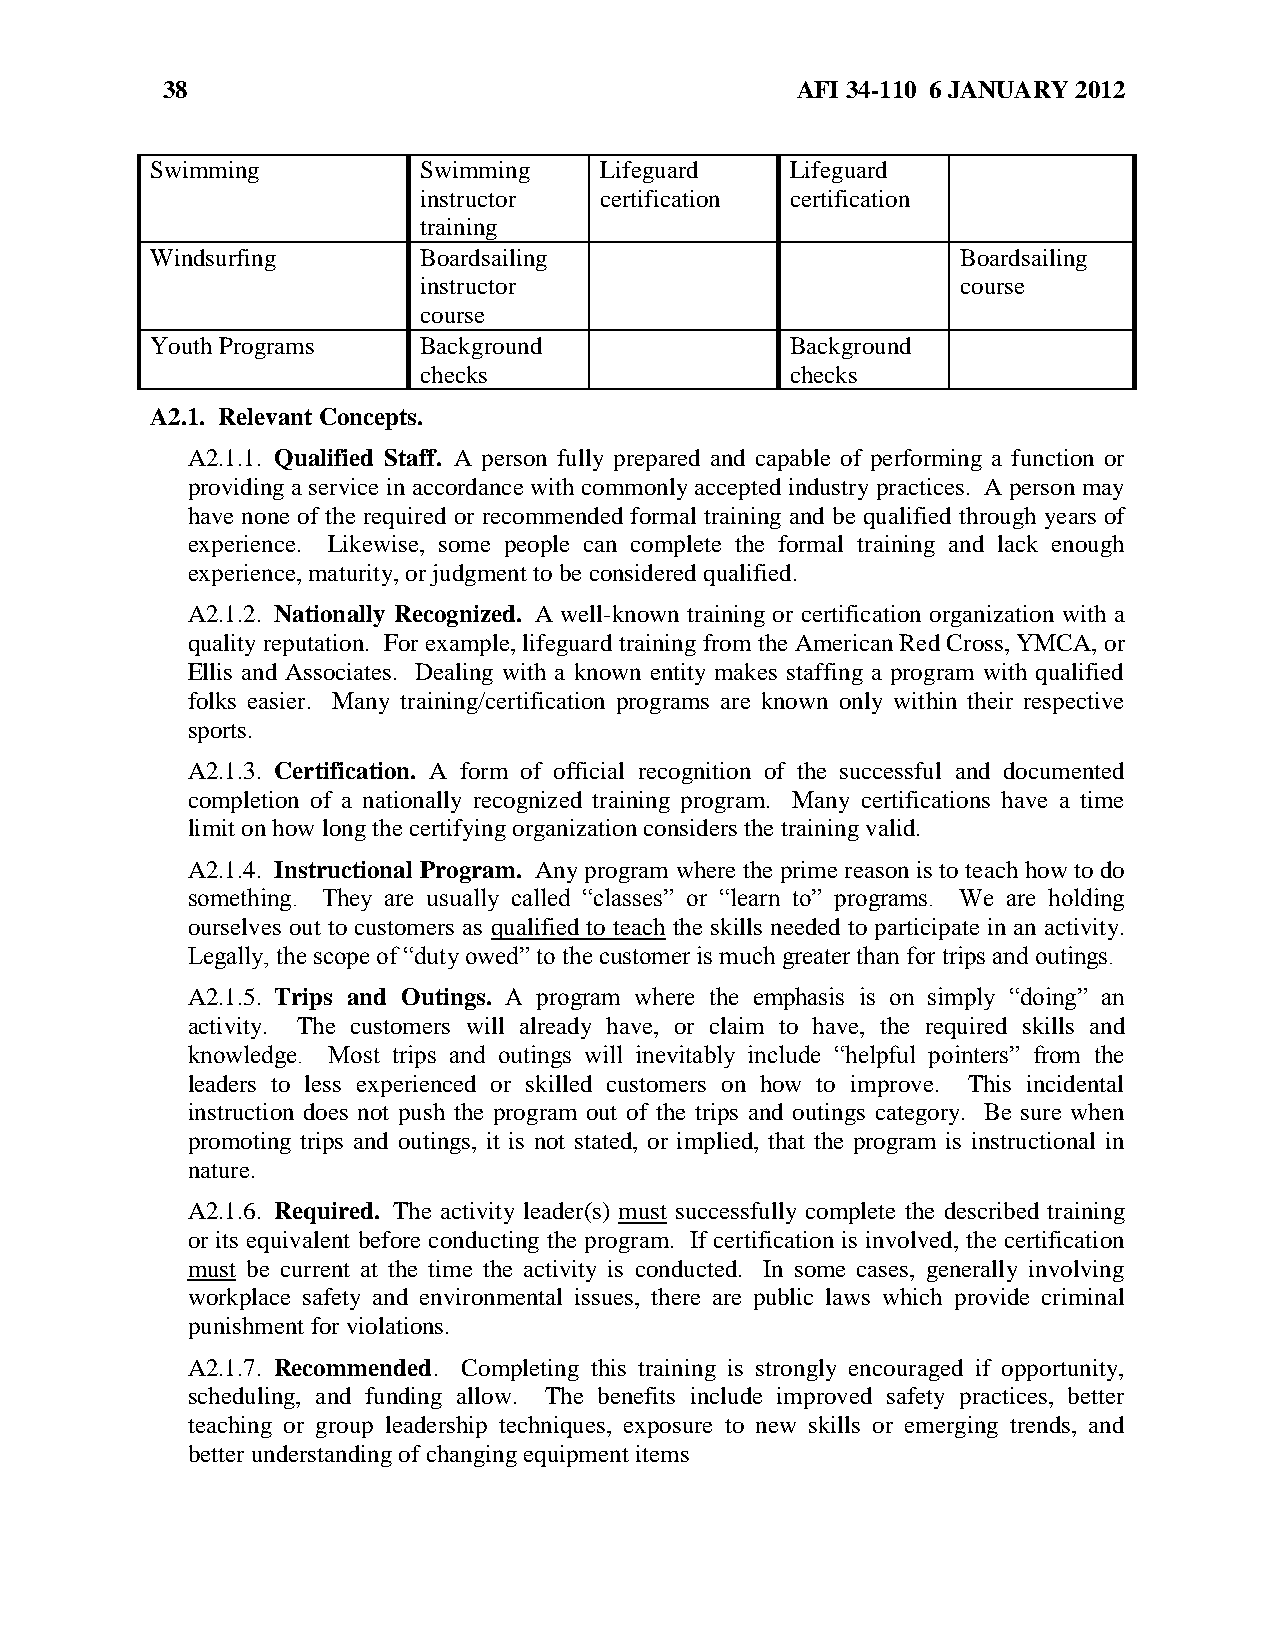
38                                        AFI 34-110 6 JANUARY 2012
 Swimming          Swimming    Lifeguard   Lifeguard
 instructor  certification certification
 training
 Windsurfing       Boardsailing                        Boardsailing
 instructor                          course
 course
 Youth Programs    Background              Background
 checks                  checks
 A2.1. Relevant Concepts.
 A2.1.1. Qualified Staff. A person fully prepared and capable of performing a function or
 providing a service in accordance with commonly accepted industry practices. A person may
 have none of the required or recommended formal training and be qualified through years of
 experience. Likewise, some people can complete the formal training and lack enough
 experience, maturity, or judgment to be considered qualified.
 A2.1.2. Nationally Recognized. A well-known training or certification organization with a
 quality reputation. For example, lifeguard training from the American Red Cross, YMCA, or
 Ellis and Associates. Dealing with a known entity makes staffing a program with qualified
 folks easier. Many training/certification programs are known only within their respective
 sports.
 A2.1.3. Certification. A form of official recognition of the successful and documented
 completion of a nationally recognized training program. Many certifications have a time
 limit on how long the certifying organization considers the training valid.
 A2.1.4. Instructional Program. Any program where the prime reason is to teach how to do
 something. They are usually called ―classes‖ or ―learn to‖ programs. We are holding
 ourselves out to customers as qualified to teach the skills needed to participate in an activity.
 Legally, the scope of ―duty owed‖ to the customer is much greater than for trips and outings.
 A2.1.5. Trips and Outings. A program where the emphasis is on simply ―doing‖ an
 activity. The customers will already have, or claim to have, the required skills and
 knowledge. Most trips and outings will inevitably include ―helpful pointers‖ from the
 leaders to less experienced or skilled customers on how to improve. This incidental
 instruction does not push the program out of the trips and outings category. Be sure when
 promoting trips and outings, it is not stated, or implied, that the program is instructional in
 nature.
 A2.1.6. Required. The activity leader(s) must successfully complete the described training
 or its equivalent before conducting the program. If certification is involved, the certification
 must be current at the time the activity is conducted. In some cases, generally involving
 workplace safety and environmental issues, there are public laws which provide criminal
 punishment for violations.
 A2.1.7. Recommended. Completing this training is strongly encouraged if opportunity,
 scheduling, and funding allow. The benefits include improved safety practices, better
 teaching or group leadership techniques, exposure to new skills or emerging trends, and
 better understanding of changing equipment items